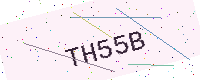
Text: TH55B